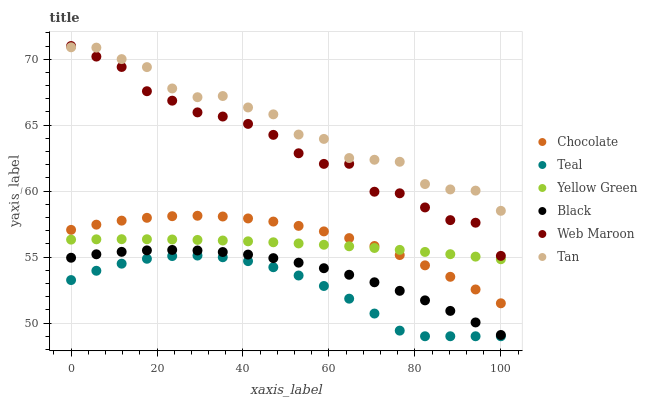
| xaxis_label | Chocolate | Teal | Yellow Green | Black | Web Maroon | Tan |
 | --- | --- | --- | --- | --- | --- | --- |
 | 0 | 57.1 | 53.3 | 56.3 | 55 | 71 | 70.9 |
 | 5.88 | 57.5 | 54 | 56.3 | 55.2 | 70.2 | 70.9 |
 | 11.8 | 57.8 | 54.5 | 56.4 | 55.4 | 69.4 | 70 |
 | 17.6 | 58 | 54.9 | 56.4 | 55.5 | 67.6 | 69.4 |
 | 23.5 | 58.1 | 55.1 | 56.3 | 55.5 | 66.9 | 67.8 |
 | 29.4 | 58.1 | 55.1 | 56.3 | 55.5 | 66 | 67.1 |
 | 35.3 | 58.1 | 55 | 56.3 | 55.4 | 65.7 | 67.2 |
 | 41.2 | 57.9 | 54.7 | 56.2 | 55.2 | 65.1 | 66.3 |
 | 47.1 | 57.7 | 54.2 | 56.1 | 54.9 | 64.3 | 65.8 |
 | 52.9 | 57.4 | 53.6 | 56 | 54.6 | 62.9 | 64.3 |
 | 58.8 | 56.9 | 52.8 | 55.9 | 54.2 | 62.1 | 64 |
 | 64.7 | 56.4 | 51.8 | 55.8 | 53.7 | 62.1 | 62.5 |
 | 70.6 | 55.8 | 50.7 | 55.7 | 53.1 | 60 | 62.4 |
 | 76.5 | 55.2 | 49.4 | 55.5 | 52.4 | 59.8 | 62.2 |
 | 82.4 | 54.4 | 49 | 55.4 | 51.7 | 58.8 | 60.5 |
 | 88.2 | 53.5 | 49 | 55.2 | 50.9 | 57.8 | 60.1 |
 | 94.1 | 52.5 | 49 | 55 | 50 | 57.6 | 60 |
 | 100 | 51.5 | 49 | 54.8 | 49.1 | 55.1 | 58.5 |